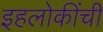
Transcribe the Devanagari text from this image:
इहलोकींची